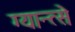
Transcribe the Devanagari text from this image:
ग्यान्त्से